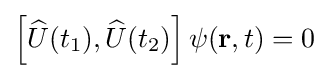
\left[{\widehat {U}}(t_{1}),{\widehat {U}}(t_{2})\right]\psi (\mathbf {r} ,t)=0